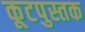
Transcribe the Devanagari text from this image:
कूटपुस्तक